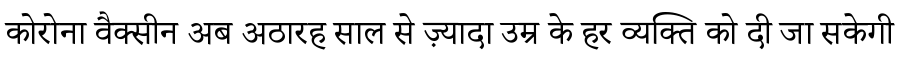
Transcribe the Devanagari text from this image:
कोरोना वैक्सीन अब अठारह साल से ज़्यादा उम्र के हर व्यक्ति को दी जा सकेगी